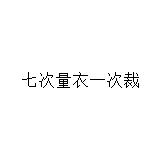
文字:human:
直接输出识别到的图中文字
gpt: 七次量衣一次裁